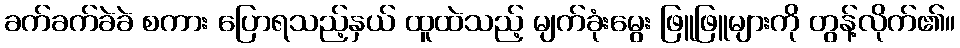
ခက်ခက်ခဲခဲ စကား ပြောရသည့်နှယ် ထူထဲသည့် မျက်ခုံးမွေး ဖြူဖြူများကို တွန့်လိုက်၏။